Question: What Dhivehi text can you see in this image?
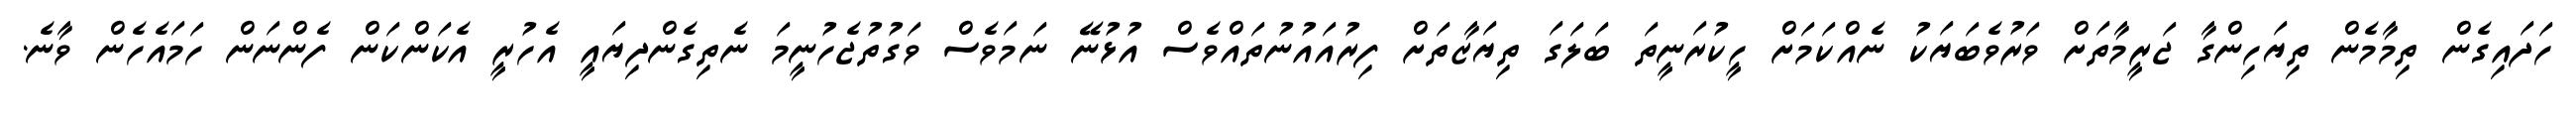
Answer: ހަދައިގެން ތިމާމެން ތިޔަހިންގާ ޖަރީމާތަށް ވަރުވެބަޔަކު ނެއްކަމަށް ހީކުރަނީތަ ބަލަގަ ތިޔަޒާތަށް ފިރުއައުނުތައްވެސް އުޅުނޭ ނަމަވެސް ވަގުތުޖެހުނީމަ ނެތިގެންދިޔައީ އެހުރީ އެކަންކަން ފެންނަން ހަމައެހެން ވާނެ.